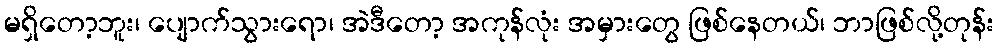
မရှိတော့ဘူး၊ ပျောက်သွားရော၊ အဲဒီတော့ အကုန်လုံး အမှားတွေ ဖြစ်နေတယ်၊ ဘာဖြစ်လို့တုန်း